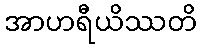
အာဟရီယိဿတိ